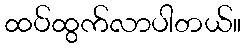
ထပ်ထွက်လာပါတယ်။